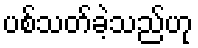
ပစ်သတ်ခဲ့သည်ဟု